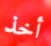
أخذ